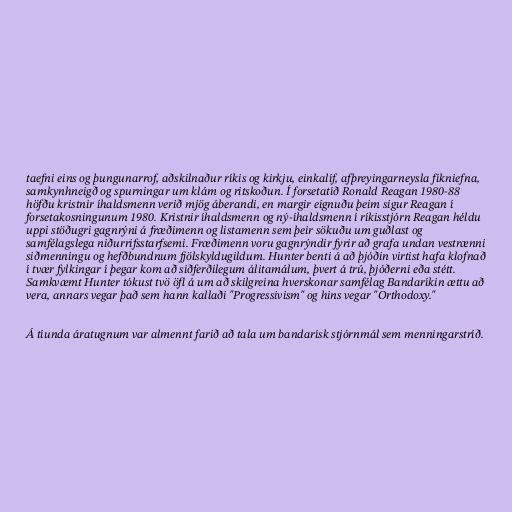
taefni eins og þungunarrof, aðskilnaður ríkis og kirkju, einkalíf, afþreyingarneysla fíkniefna,
samkynhneigð og spurningar um klám og ritskoðun. Í forsetatíð Ronald Reagan 1980-88
höfðu kristnir íhaldsmenn verið mjög áberandi, en margir eignuðu þeim sigur Reagan í
forsetakosningunum 1980. Kristnir íhaldsmenn og ný-íhaldsmenn í ríkisstjórn Reagan héldu
uppi stöðugri gagnrýni á fræðimenn og listamenn sem þeir sökuðu um guðlast og
samfélagslega niðurrifsstarfsemi. Fræðimenn voru gagnrýndir fyrir að grafa undan vestrænni
siðmenningu og hefðbundnum fjölskyldugildum. Hunter benti á að þjóðin virtist hafa klofnað
í tvær fylkingar í þegar kom að siðferðilegum álitamálum, þvert á trú, þjóðerni eða stétt.
Samkvæmt Hunter tókust tvö öfl á um að skilgreina hverskonar samfélag Bandaríkin ættu að
vera, annars vegar það sem hann kallaði "Progressivism" og hins vegar "Orthodoxy."

Á tíunda áratugnum var almennt farið að tala um bandarísk stjórnmál sem menningarstríð.